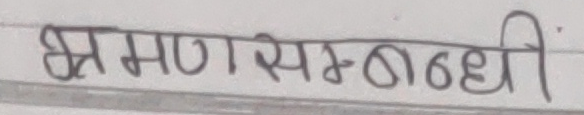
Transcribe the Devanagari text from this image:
भ्रमण सम्बन्धी